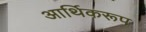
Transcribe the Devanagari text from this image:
आर्थिकरूप